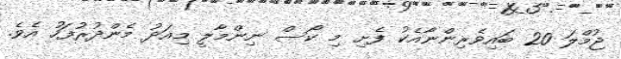
ޖުމްލަ 20 ބައިވެރިންނާއެކު ފެށި މި ކޯސް ނިންމާލީ މިއަދު މެންދުރުފަހު އެވެ.